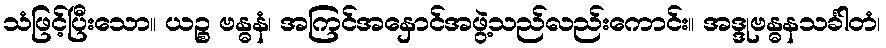
သံဖြင့်ပြီးသော။ ယဉ္စ ဗန္ဓနံ၊ အကြင်အနှောင်အဖွဲ့သည်လည်းကောင်း။ အဒ္ဒုဗန္ဓနသင်္ခါတံ၊